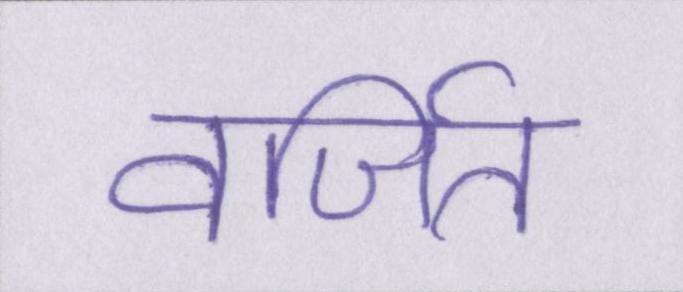
वर्जित